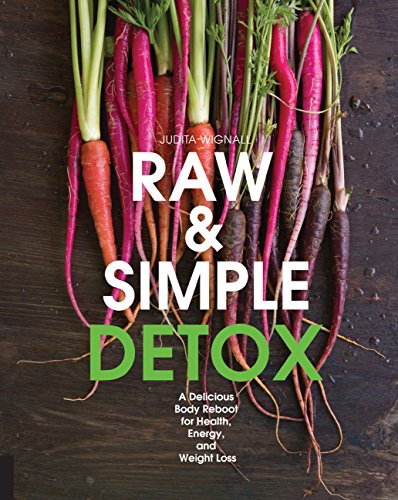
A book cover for Raw and Simple Detox: A Delicious Body Reboot for Health, Energy, and Weight Loss; Judita Wignall; Cookbooks, Food & Wine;